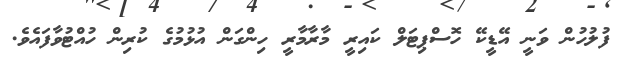
ފުލުހުން ވަނީ އޭޑީކޭ ހޮސްޕިޓަލް ކައިރީ މާރާމާރީ ހިންގަން އުޅުމުގެ ކުރިން ހުއްޓުވާފައެވެ.